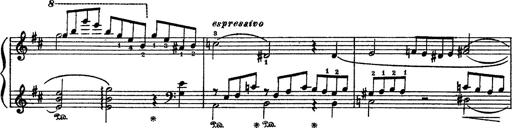
Title: Sarabande und Chaconne aus dem Singspiel
Composer: Franz Liszt